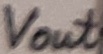
Text: Vout